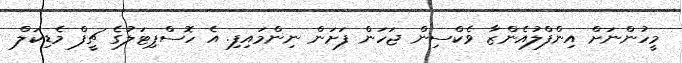
މީހުންނަށް އިންފްލުއެންޒާ ވެކްސިން ޖަހަން ފަށަން ނިންމައިފި. އެ ހޮސްޕިޓަލުގެ ޗީފް މެޑިކަލް